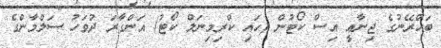
ބަޙްރޭނުގެ ޖިނާޢީ އިސް ކޯޓުން (ހައި ކްރިމިނަލް ކޯޓު) އަންގާރަ ދުވަހު ސަލްމާންގެ